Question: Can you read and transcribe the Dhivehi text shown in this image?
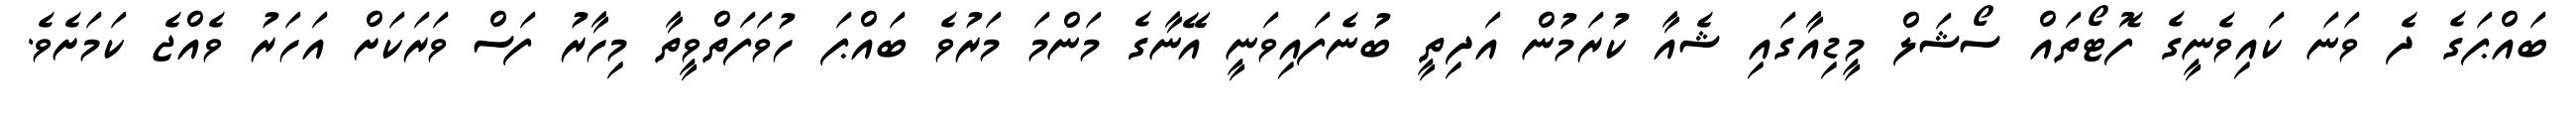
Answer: ބައްޕަގެ ދެ ވަނަ ކައިވެނީގެ ފޮޓޯތައް ސޯޝަލް މީޑިއާގައި ޝެއާ ކުރަމުން އަދިތީ ބުނެފައިވަނީ އޭނާގެ މަންމަ މަރުވެ ބައްޕަ ހުވަފަތްވީތާ މިހާރު ފަސް ވަރަކަށް އަހަރު ވެއްޖެ ކަމަށެވެ.